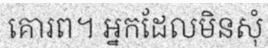
គោរព។ អ្នកដែលមិនសុំ